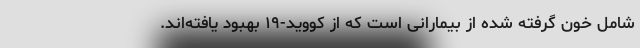
شامل خون گرفته شده از بیمارانی است که از کووید-۱۹ بهبود یافته‌اند.